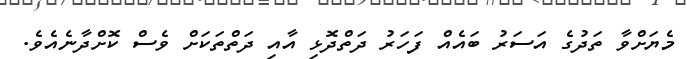
މެޔަށްވާ ތަދުގެ އަސަރު ބައެއް ފަހަރު ދަތްދޮޅި އާއި ދަތްތަކަށް ވެސް ކޮށްދާނެއެވެ.